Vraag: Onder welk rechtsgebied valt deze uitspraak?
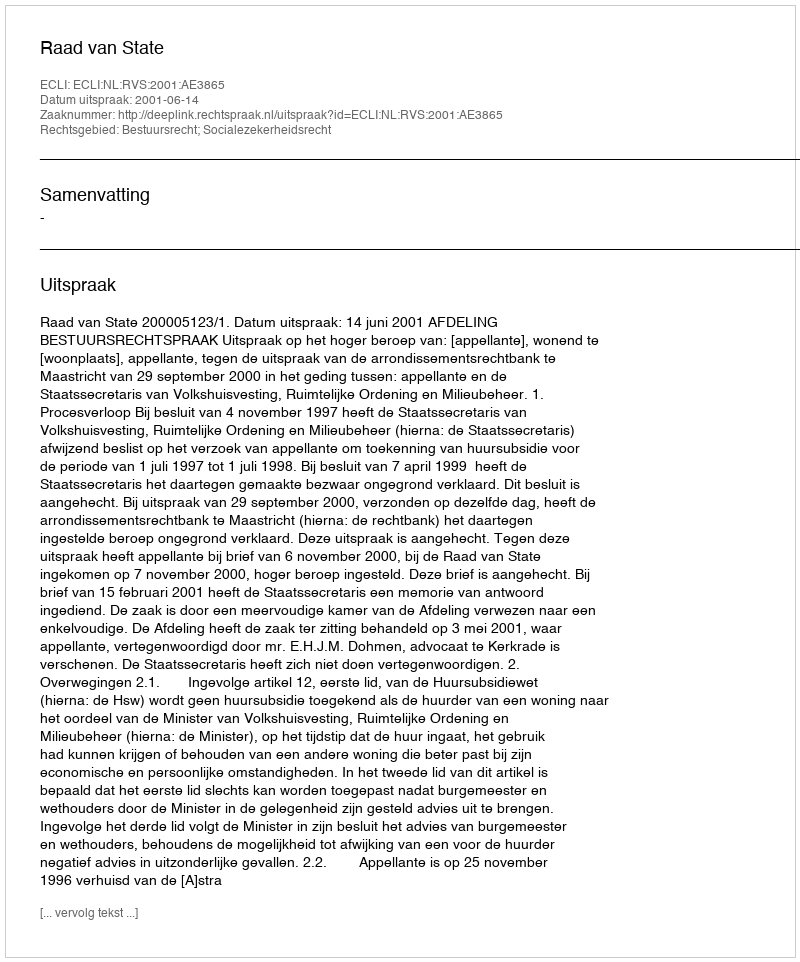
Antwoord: Bestuursrecht; Socialezekerheidsrecht